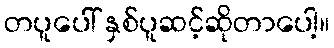
တပူပေါ် နှစ်ပူဆင့်ဆိုတာပေါ့။